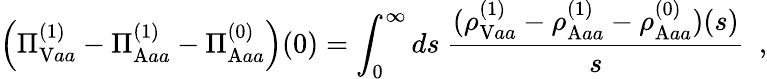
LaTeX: \left(\Pi_{\mathrm{V}aa}^{(1)}-\Pi_{\mathrm{A}aa}^{(1)}-\Pi_{\mathrm{A}aa}^{(0)}\right)(0)=\int_{0}^{\infty}ds~{\frac{(\rho_{\mathrm{V}aa}^{(1)}-\rho_{\mathrm{A}aa}^{(1)}-\rho_{\mathrm{A}aa}^{(0)})(s)}{s}}\ \ ,